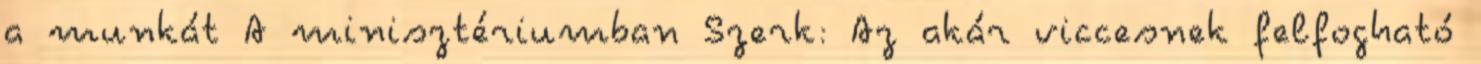
a munkát A minisztériumban Szerk: Az akár viccesnek felfogható